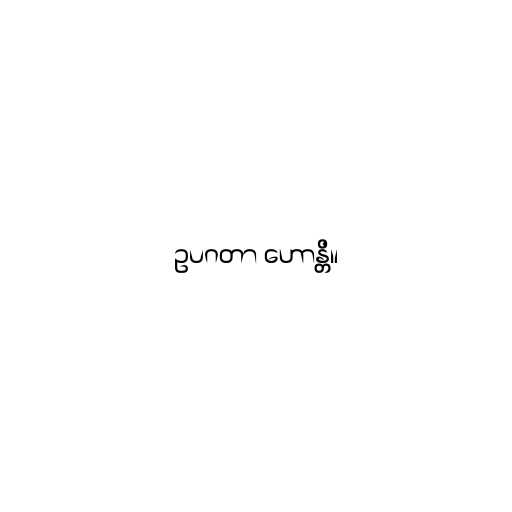
ဥပဂတာ ဟောန္တိ။